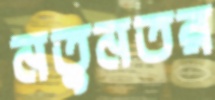
নতুনতর